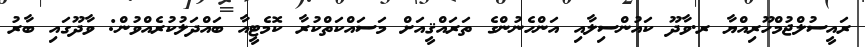
ރައީސުލްޖުމްހޫރިއްޔާ ރ.ވާދޫ ކައުންސިލާއި އަންހެނުންގެ ތަރައްޤީއަށް މަސައްކަތްކުރާ ކޮމެޓީއާ ބައްދަލުކުރެއްވުން: ވާދޫގައި ބާރު